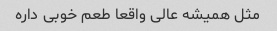
مثل همیشه عالی واقعا طعم خوبی داره